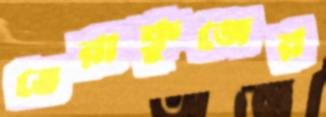
ভেরাক্রুজের